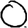
Digit: 0